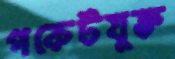
পকেটযুক্ত